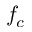
f _ { c }